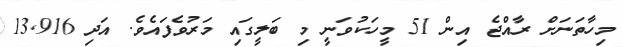
މިހާތަނަށް ރާއްޖެ އިން 51 މީހަކުވަނީ މި ބަލީގައި މަރުވެފައެވެ. އަދި 13